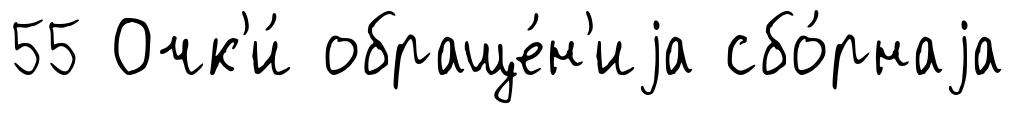
55 Очк'и́ обраще́н'иjа сбо́рнаjа